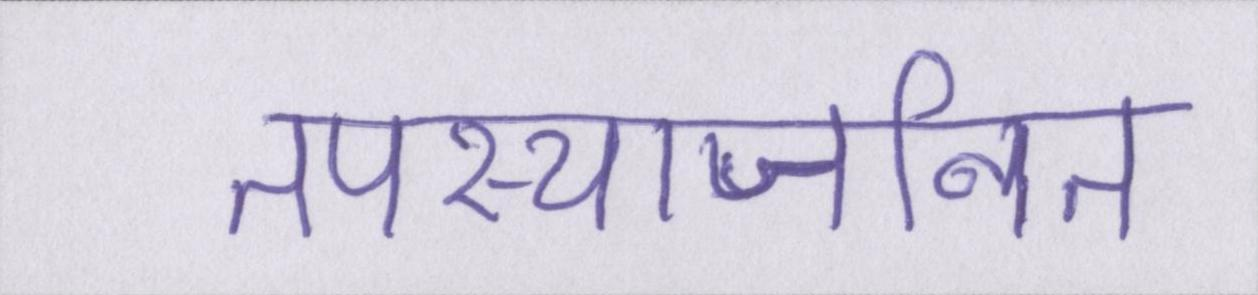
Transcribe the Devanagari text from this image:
तपस्याजनित